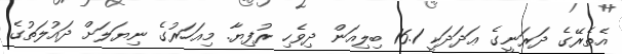
އެތެރޭގެ ދަރަނީގެ ޢަދަދަކީ 16.1 ބިލިއަން ދިވެހި ރުފިޔާ. މިއަހަރުގެ ނިޔަލަށް ދައުލަތުގެ